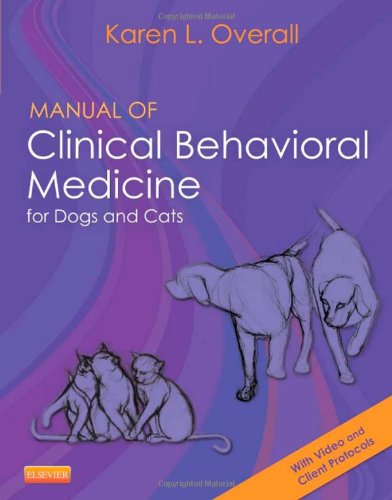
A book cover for Manual of Clinical Behavioral Medicine for Dogs and Cats, 1e; Karen Overall MA  VMD  PhD  DACVB  CAAB; Medical Books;